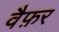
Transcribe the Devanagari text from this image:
वैफ़र